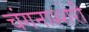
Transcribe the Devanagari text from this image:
चंगनाश्शेरी